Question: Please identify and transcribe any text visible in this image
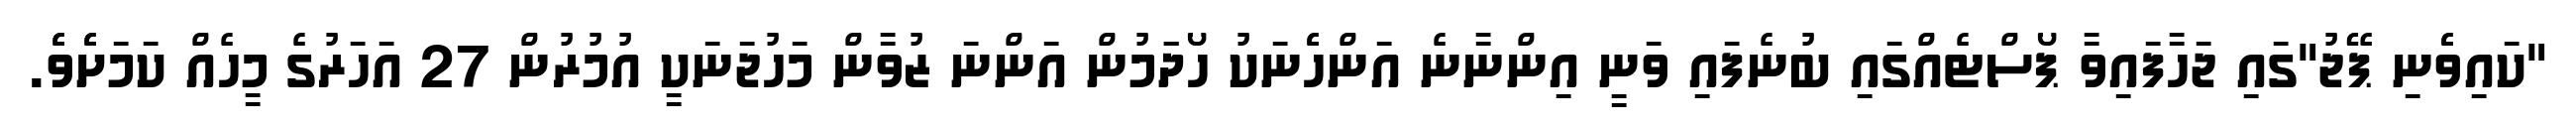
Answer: "ކައިވެެނި ޕޭޖު"ގައި ޖަހާފައިވާ ޕޯސްޓެއްގައި ބުނެފައި ވަނީ އިންނާނެ އަންހެެނަކު ހޯދަަމުން އަންނަ ޒުވާން މަހުޖަނަކީ އުމުރުން 27 އަހަރުގެ މީހެއް ކަމަށެެވެެ.